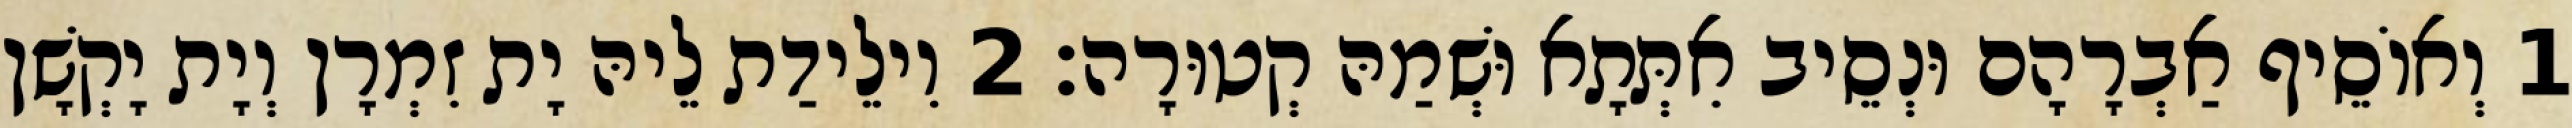
1 וְאוֹסֵיף אַבְרָהָם וּנְסֵיב אִתְּתָא וּשְׁמַהּ קְטוּרָה׃ 2 וִילֵידַת לֵיהּ יָת זִמְרָן וְיָת יָקְשָׁן